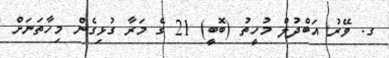
ގ. ވޭރު އަބްދުލް މުހީތު (ބޮބީ) 21 ގެ މަރާ ގުޅިގެން މިހާތަނަށް